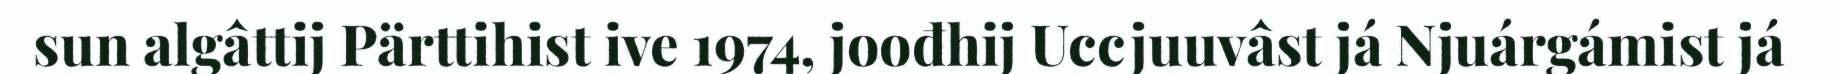
sun algâttij Pärttihist ive 1974, joođhij Uccjuuvâst já Njuárgámist já